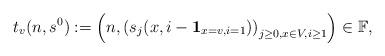
LaTeX: \begin{align*}t_v(n,s^0):=\left(n,\left(s_j(x,i-\mathbf 1_{x=v, i=1})\right)_{j\ge 0, x\in V,i\ge 1}\right)\in\mathbb F,\end{align*}